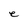
Character: e